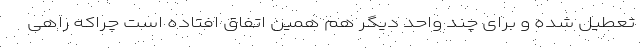
تعطیل شده و برای چند واحد دیگر هم همین اتفاق افتاده است چراکه راهی